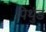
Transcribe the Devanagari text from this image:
पिथुंड